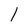
Character: 1